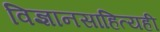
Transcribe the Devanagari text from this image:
विज्ञानसाहित्यही